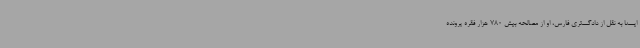
ایسنا به نقل از دادگستری فارس، او از مصالحه بیش 780 هزار فقره پرونده